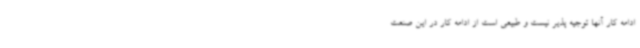
ادامه کار آنها توجیه پذیر نیست و طبیعی است از ادامه کار در این صنعت